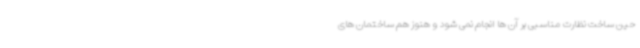
حین ساخت نظارت مناسبی بر آن ها انجام نمی شود و هنوز هم ساختمان های